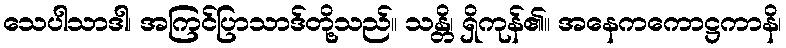
သေပါသာဒါ၊ အကြင်ပြာသာဒ်တို့သည်။ သန္တိ၊ ရှိကုန်၏။ အနေကကောဋ္ဌကာနိ၊